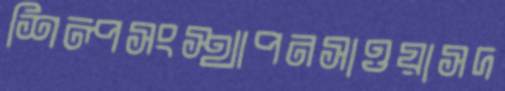
শিল্পসংস্থাপনসাওয়াসদ